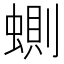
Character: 𧍡